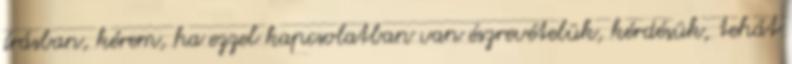
írásban, kérem, ha ezzel kapcsolatban van észrevételük, kérdésük, tehát